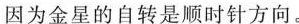
因为金星的自转是顺时针方向。